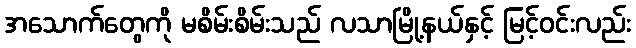
အသောက်တွေကို မစိမ်းစိမ်းသည် လသာမြို့နယ်နှင့် မြင့်ဝင်းလည်း